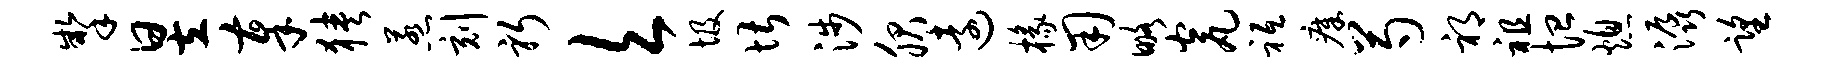
掣昱奉狭惹刻躬欠圾堪涉服远椽用略瓮祗瘴芍祁祖恤熄潺望